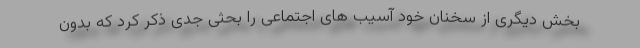
بخش دیگری از سخنان خود آسیب های اجتماعی را بحثی جدی ذکر کرد که بدون